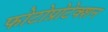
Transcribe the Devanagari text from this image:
फोटोप्रोटेक्शन